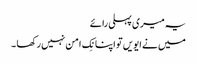
یہ میری پہلی رائے
میں نے ایویں تو اپنا نِک امن نہیں رکھا ۔